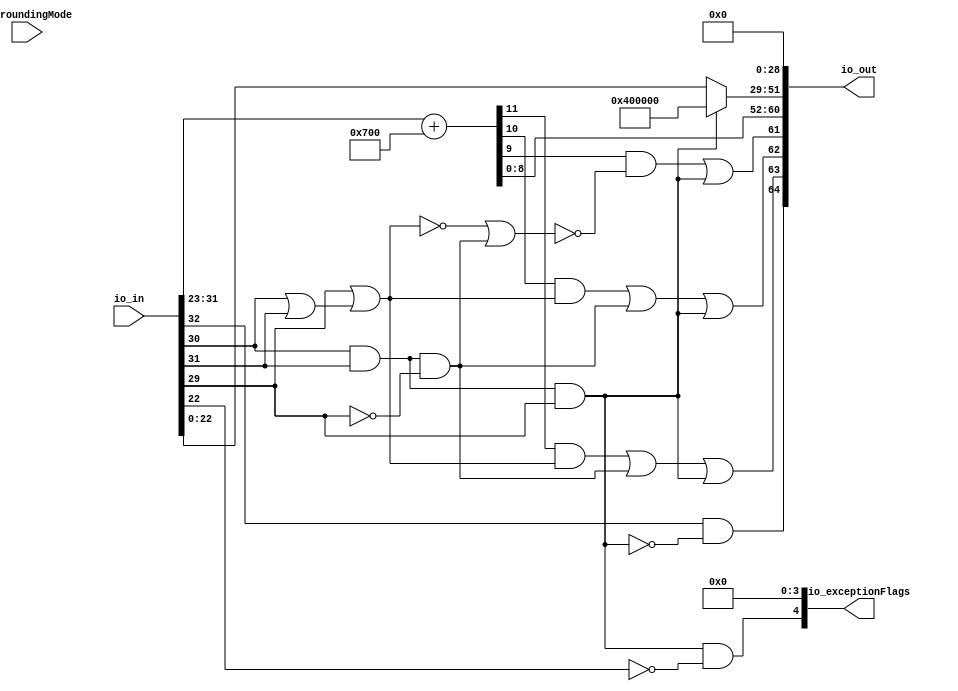
module RecFNToRecFN
(
  io_in,
  io_roundingMode,
  io_out,
  io_exceptionFlags
);

  input [32:0] io_in;
  input [1:0] io_roundingMode;
  output [64:0] io_out;
  output [4:0] io_exceptionFlags;
  wire [64:0] io_out;
  wire [4:0] io_exceptionFlags;
  wire N0,N1,outRawFloat_isNaN,T1,N2,outRawFloat_isInf,T24,T29,T42,N3,N4,N5,N6;
  wire [11:0] T20,T26,T33,T27,T36,T34;
  wire [11:11] T19,T21,T35,T46;
  wire [9:9] T28;
  assign io_out[28] = 1'b0;
  assign io_out[27] = 1'b0;
  assign io_out[26] = 1'b0;
  assign io_out[25] = 1'b0;
  assign io_out[24] = 1'b0;
  assign io_out[23] = 1'b0;
  assign io_out[22] = 1'b0;
  assign io_out[21] = 1'b0;
  assign io_out[20] = 1'b0;
  assign io_out[19] = 1'b0;
  assign io_out[18] = 1'b0;
  assign io_out[17] = 1'b0;
  assign io_out[16] = 1'b0;
  assign io_out[15] = 1'b0;
  assign io_out[14] = 1'b0;
  assign io_out[13] = 1'b0;
  assign io_out[12] = 1'b0;
  assign io_out[11] = 1'b0;
  assign io_out[10] = 1'b0;
  assign io_out[9] = 1'b0;
  assign io_out[8] = 1'b0;
  assign io_out[7] = 1'b0;
  assign io_out[6] = 1'b0;
  assign io_out[5] = 1'b0;
  assign io_out[4] = 1'b0;
  assign io_out[3] = 1'b0;
  assign io_out[2] = 1'b0;
  assign io_out[1] = 1'b0;
  assign io_out[0] = 1'b0;
  assign io_exceptionFlags[0] = 1'b0;
  assign io_exceptionFlags[1] = 1'b0;
  assign io_exceptionFlags[2] = 1'b0;
  assign io_exceptionFlags[3] = 1'b0;
  assign N3 = io_in[30] | io_in[31];
  assign N4 = io_in[29] | N3;
  assign N5 = ~N4;
  assign N6 = io_in[30] & io_in[31];
  assign T36 = { T46[11:11], T46[11:11], 1'b0, io_in[31:23] } + { 1'b1, 1'b1, 1'b1, 1'b0, 1'b0, 1'b0, 1'b0, 1'b0, 1'b0, 1'b0, 1'b0 };
  assign io_out[51:29] = (N0)? { 1'b1, 1'b0, 1'b0, 1'b0, 1'b0, 1'b0, 1'b0, 1'b0, 1'b0, 1'b0, 1'b0, 1'b0, 1'b0, 1'b0, 1'b0, 1'b0, 1'b0, 1'b0, 1'b0, 1'b0, 1'b0, 1'b0, 1'b0 } : 
                         (N1)? io_in[22:0] : 1'b0;
  assign N0 = outRawFloat_isNaN;
  assign N1 = N2;
  assign io_exceptionFlags[4] = outRawFloat_isNaN & T1;
  assign T1 = ~io_in[22];
  assign outRawFloat_isNaN = N6 & io_in[29];
  assign N2 = ~outRawFloat_isNaN;
  assign io_out[63] = T20[11] | T19[11];
  assign io_out[62] = T20[10] | T19[11];
  assign io_out[61] = T20[9] | T19[11];
  assign io_out[60] = T20[8] | 1'b0;
  assign io_out[59] = T20[7] | 1'b0;
  assign io_out[58] = T20[6] | 1'b0;
  assign io_out[57] = T20[5] | 1'b0;
  assign io_out[56] = T20[4] | 1'b0;
  assign io_out[55] = T20[3] | 1'b0;
  assign io_out[54] = T20[2] | 1'b0;
  assign io_out[53] = T20[1] | 1'b0;
  assign io_out[52] = T20[0] | 1'b0;
  assign T19[11] = outRawFloat_isNaN;
  assign T20[11] = T26[11] | T21[11];
  assign T20[10] = T26[10] | T21[11];
  assign T20[9] = T26[9] | 1'b0;
  assign T20[8] = T26[8] | 1'b0;
  assign T20[7] = T26[7] | 1'b0;
  assign T20[6] = T26[6] | 1'b0;
  assign T20[5] = T26[5] | 1'b0;
  assign T20[4] = T26[4] | 1'b0;
  assign T20[3] = T26[3] | 1'b0;
  assign T20[2] = T26[2] | 1'b0;
  assign T20[1] = T26[1] | 1'b0;
  assign T20[0] = T26[0] | 1'b0;
  assign T21[11] = outRawFloat_isInf;
  assign outRawFloat_isInf = N6 & T24;
  assign T24 = ~io_in[29];
  assign T26[11] = T33[11] & T27[11];
  assign T26[10] = T33[10] & T27[10];
  assign T26[9] = T33[9] & T27[9];
  assign T26[8] = T33[8] & T27[8];
  assign T26[7] = T33[7] & T27[7];
  assign T26[6] = T33[6] & T27[6];
  assign T26[5] = T33[5] & T27[5];
  assign T26[4] = T33[4] & T27[4];
  assign T26[3] = T33[3] & T27[3];
  assign T26[2] = T33[2] & T27[2];
  assign T26[1] = T33[1] & T27[1];
  assign T26[0] = T33[0] & T27[0];
  assign T27[11] = ~1'b0;
  assign T27[10] = ~1'b0;
  assign T27[9] = ~T28[9];
  assign T27[8] = ~1'b0;
  assign T27[7] = ~1'b0;
  assign T27[6] = ~1'b0;
  assign T27[5] = ~1'b0;
  assign T27[4] = ~1'b0;
  assign T27[3] = ~1'b0;
  assign T27[2] = ~1'b0;
  assign T27[1] = ~1'b0;
  assign T27[0] = ~1'b0;
  assign T28[9] = T29;
  assign T29 = N5 | outRawFloat_isInf;
  assign T33[11] = T36[11] & T34[11];
  assign T33[10] = T36[10] & T34[10];
  assign T33[9] = T36[9] & T34[9];
  assign T33[8] = T36[8] & T34[8];
  assign T33[7] = T36[7] & T34[7];
  assign T33[6] = T36[6] & T34[6];
  assign T33[5] = T36[5] & T34[5];
  assign T33[4] = T36[4] & T34[4];
  assign T33[3] = T36[3] & T34[3];
  assign T33[2] = T36[2] & T34[2];
  assign T33[1] = T36[1] & T34[1];
  assign T33[0] = T36[0] & T34[0];
  assign T34[11] = ~T35[11];
  assign T34[10] = ~T35[11];
  assign T34[9] = ~1'b0;
  assign T34[8] = ~1'b0;
  assign T34[7] = ~1'b0;
  assign T34[6] = ~1'b0;
  assign T34[5] = ~1'b0;
  assign T34[4] = ~1'b0;
  assign T34[3] = ~1'b0;
  assign T34[2] = ~1'b0;
  assign T34[1] = ~1'b0;
  assign T34[0] = ~1'b0;
  assign T35[11] = N5;
  assign T46[11] = 1'b0;
  assign io_out[64] = io_in[32] & T42;
  assign T42 = ~outRawFloat_isNaN;

endmodule